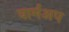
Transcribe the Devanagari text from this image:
वार्मअप